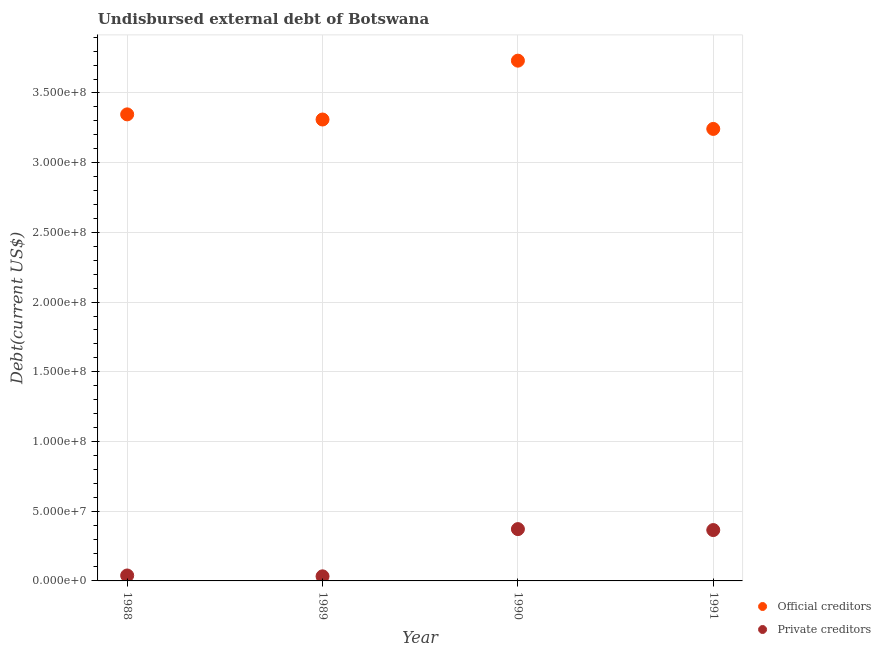
| Year | Official creditors | Private creditors |
 | --- | --- | --- |
 | 1988 | 3.35e+08 | 3.9e+06 |
 | 1989 | 3.31e+08 | 3.28e+06 |
 | 1990 | 3.73e+08 | 3.72e+07 |
 | 1991 | 3.24e+08 | 3.65e+07 |